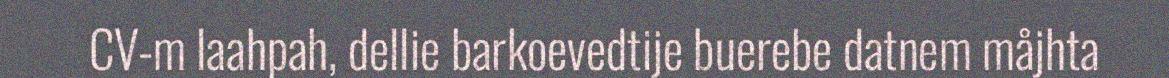
CV-m laahpah, dellie barkoevedtije buerebe datnem måjhta